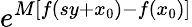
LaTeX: e^{M[f(sy+x_{0})-f(x_{0})]}